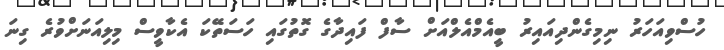
ހުސްވިއަހަރު ނިމިގެންދިއައިރު ބީއެމްއެލްއަށް ސާފް ފައިދާގެ ގޮތުގައި ހަސަތޭކަ އެކާވީސް މިލިއަނަށްވުރެ ގިނަ